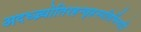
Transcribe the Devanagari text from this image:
अदध्ज्र्योतिरहन्वृहस्पतिर्भिनदद्रिं